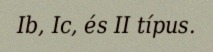
Ib, Ic, és II típus.